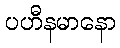
ပဟီနမာနော